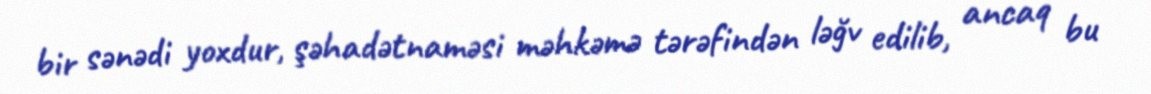
bir sənədi yoxdur, şəhadətnaməsi məhkəmə tərəfindən ləğv edilib, ancaq bu